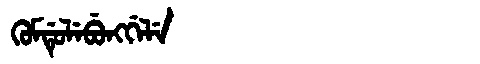
Manchu: ᡴᡠᠮᡩᡠᠯᡝᠪᡠᠩᡤᡝᠯᡝ
Romanization: KUMDULEBUNGGELE